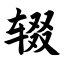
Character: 辍